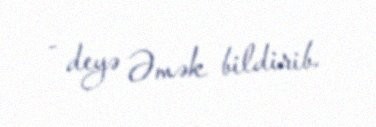
- deyə Əmək bildirib.